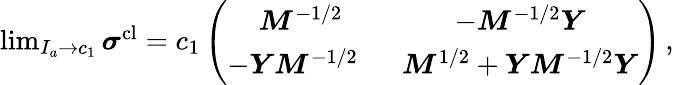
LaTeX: \begin{array}{r}{\operatorname*{lim}_{I_{a}\to c_{1}}\boldsymbol{\sigma}^{\mathrm{cl}}=c_{1}\left(\begin{array}{cc}{\boldsymbol{M}^{-1/2}}&{-\boldsymbol{M}^{-1/2}\boldsymbol{Y}}\\ {-\boldsymbol{Y}\boldsymbol{M}^{-1/2}\; \; }&{\boldsymbol{M}^{1/2}+\boldsymbol{Y}\boldsymbol{M}^{-1/2}\boldsymbol{Y}}\end{array}\right)\, ,}\end{array}